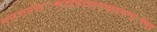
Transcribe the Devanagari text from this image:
स्द्स्द्आअ॑फ्ङ्ः़फ्ट्ट्ड़्फ्ड्क्ष्ड्क्ष्झ्झ्झ्क्ष्फ्॰फ्फ्ङ्